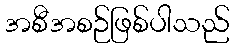
အစီအစဉ်ဖြစ်ပါသည်